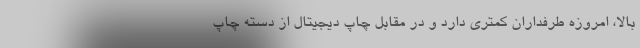
بالا، امروزه طرفداران کمتری دارد و در مقابل چاپ دیجیتال از دسته چاپ